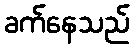
ခက်နေသည်